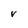
Character: v